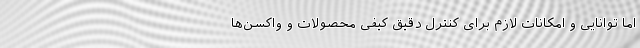
اما توانایی و امکانات لازم برای کنترل دقیق کیفی محصولات و واکسن‌ها